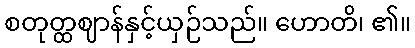
စတုတ္ထဈာန်နှင့်ယှဉ်သည်။ ဟောတိ၊ ၏။